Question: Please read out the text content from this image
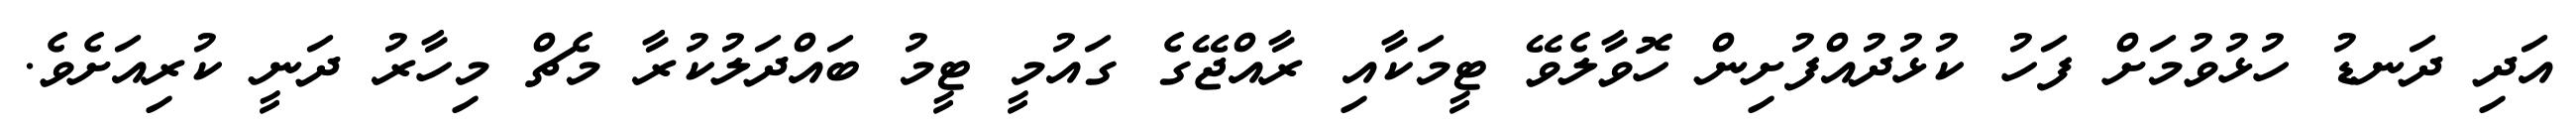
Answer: އަދި ދަނޑު ހުޅުވުމަށް ފަހު ކުޅުދުއްފުށިން ހޮވާލެވޭ ޓީމަކާއި ރާއްޖޭގެ ގައުމީ ޓީމު ބައްދަލުކުރާ މެޗް މިހާރު ދަނީ ކުރިއަށެވެ.